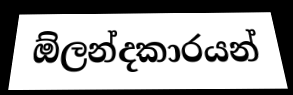
ඕලන්දකාරයන්